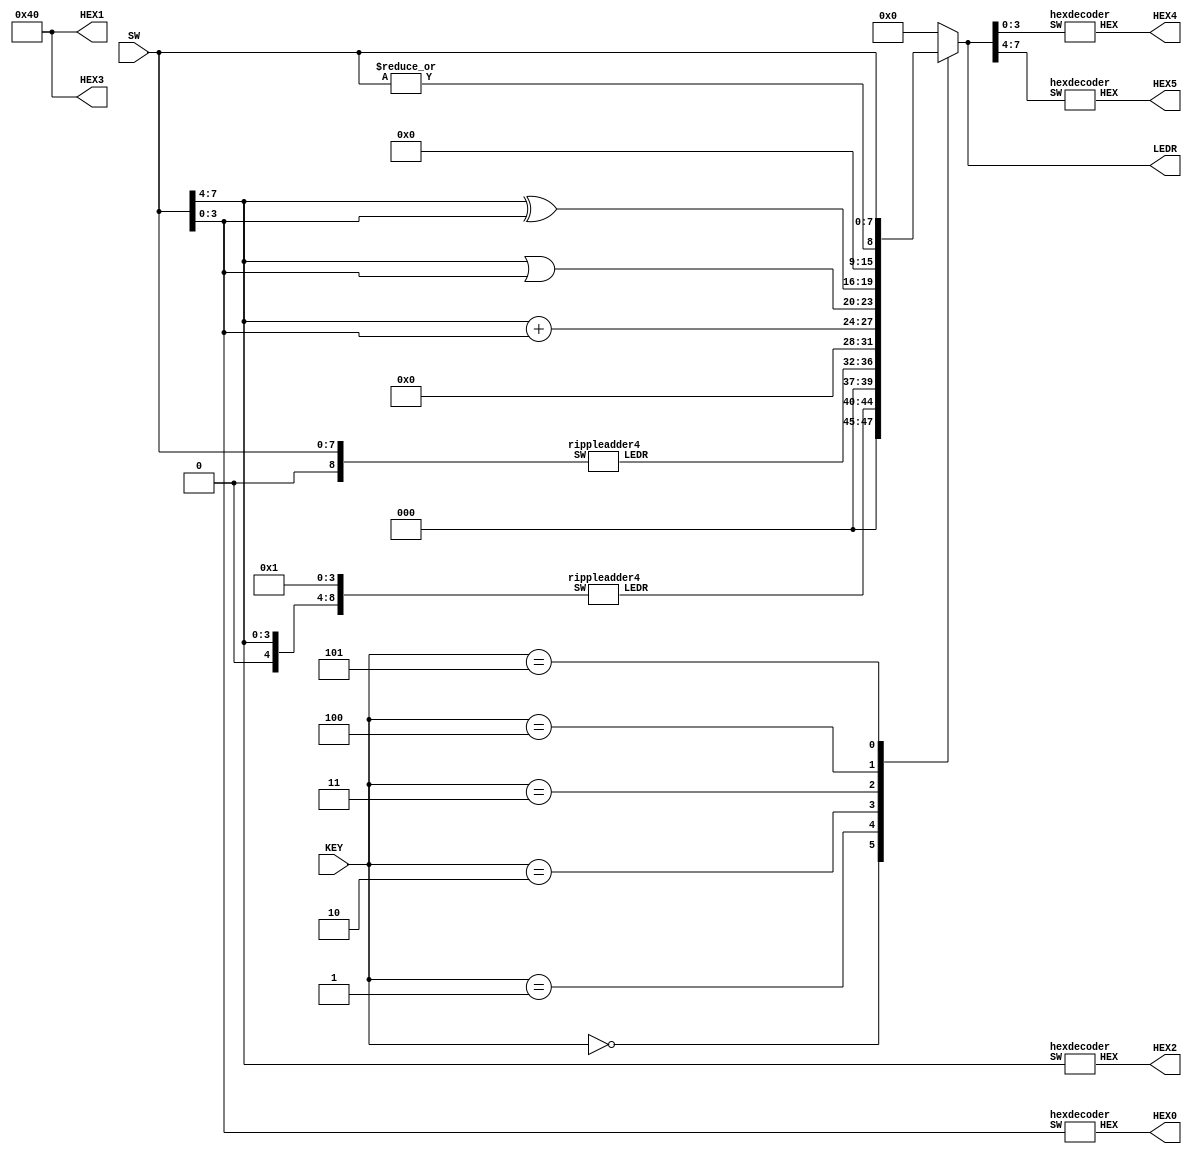
module ALU(SW, KEY, LEDR, HEX0, HEX1, HEX2, HEX3, HEX4, HEX5);
	input [7:0] SW;
	input [2:0] KEY;
	output [6:0] HEX0;
	output [6:0] HEX1;
	output [6:0] HEX2;
	output [6:0] HEX3;
	output [6:0] HEX4;
	output [6:0] HEX5;
	output [7:0] LEDR;
	// two wires for arithmetic operations
	wire [4:0] addOneToA;
	wire [4:0] addAToB;

	// set hex1 and hex3 to zero
	assign HEX1[6:0] = 7'b1000000;
	assign HEX3[6:0] = 7'b1000000;
	
	// two 4 bit ripple adders 
	rippleadder4 ra1(
		.SW({1'b0, SW[7:4], 4'b0001}), 
		.LEDR(addOneToA[4:0])
	);
	rippleadder4 ra2(
		.SW({1'b0, SW[7:4], SW[3:0]}), 
		.LEDR(addAToB[4:0])
	);

	reg [7:0] ALUout;
	always @(*)
	begin
		case (KEY[2:0])
			3'b000: ALUout[7:0] = {3'b000, addOneToA[4:0]};
			3'b001: ALUout[7:0] = {3'b000, addAToB[4:0]};
			3'b010: ALUout[7:0] = {3'b000, SW[7:4] + SW[3:0]};
			3'b011: ALUout[7:0] = {SW[7:4] | SW[3:0], SW[7:4] ^ SW[3:0]};
			3'b100: ALUout[7:0] = {7'b0000000, (|SW[7:0])}; // bitwise or the 8 inputs
			3'b101: ALUout[7:0] = SW[7:0];
			default: ALUout[7:0] = 8'b0000_0000;
		endcase
	end
		
	assign LEDR[7:0] = ALUout[7:0];
	
	// HEX0 and HEX2 shows B and A respectively
	hexdecoder hex0(
		.SW(SW[3:0]), 
		.HEX(HEX0[6:0])
	);
	hexdecoder hex2(
		.SW(SW[7:4]), 
		.HEX(HEX2[6:0])
	);

	hexdecoder hex4(
		.SW(ALUout[3:0]), 
		.HEX(HEX4[6:0])
	);    //First four bits
	hexdecoder hex5(
		.SW(ALUout[7:4]), 
		.HEX(HEX5[6:0])
	);    //Second four bits
endmodule

module hexdecoder(HEX, SW);
    input [3:0] SW;
    output [6:0] HEX;

    hex0 u0(
        .x(SW[3]),
        .y(SW[2]),
        .z(SW[1]),
        .w(SW[0]),
        .m(HEX[0])
	);
	
    hex1 u1(
        .x(SW[3]),
        .y(SW[2]),
        .z(SW[1]),
        .w(SW[0]),
        .m(HEX[1])
	);
	  
    hex2 u2(
        .x(SW[3]),
        .y(SW[2]),
        .z(SW[1]),
        .w(SW[0]),
        .m(HEX[2])
	);

    hex3 u3(
        .x(SW[3]),
        .y(SW[2]),
        .z(SW[1]),
        .w(SW[0]),
        .m(HEX[3])
	);

    hex4 u4(
        .x(SW[3]),
        .y(SW[2]),
        .z(SW[1]),
        .w(SW[0]),
        .m(HEX[4])
	);

    hex5 u5(
        .x(SW[3]),
        .y(SW[2]),
        .z(SW[1]),
        .w(SW[0]),
        .m(HEX[5])
	);

    hex6 u6(
        .x(SW[3]),
        .y(SW[2]),
        .z(SW[1]),
        .w(SW[0]),
        .m(HEX[6])
	);
				
endmodule

module hex0(x, y, z, w, m);
    input x;
    input y;
    input z;
    input w;
    output m;
  
    assign m = (~x & ~y & ~z & w) | (~x & y & ~z & ~w) | (x & y & ~z & w) | (x & ~y & z & w);

endmodule

module hex1(x, y, z, w, m);
    input x;
    input y;
    input z;
    input w;
    output m;
  
    assign m = (~x & y & ~z & w) | (x & z & w) | (y & z & ~w) | (x & y & ~w);

endmodule

module hex2(x, y, z, w, m);
    input x;
    input y;
    input z;
    input w;
    output m;
  
    assign m = (x & y & ~w) | (x & y & z) | (~x & ~y & z & ~w);

endmodule

module hex3(x, y, z, w, m);
    input x;
    input y;
    input z;
    input w;
    output m;
  
    assign m = (~x & y & ~z & ~w) | (~x & ~y & ~z & w) | (y & z & w) | (x & ~y & z & ~w);

endmodule

module hex4(x, y, z, w, m);
    input x;
    input y;
    input z;
    input w;
    output m;
  
    assign m = (~x & w) | (~y & ~z & w) | (~x & y & ~z);

endmodule

module hex5(x, y, z, w, m);
    input x;
    input y;
    input z;
    input w;
    output m;
  
    assign m = (~x & ~y & w) | (~x & ~y & z) | (~x & z & w) |(x & y & ~z & w);

endmodule

module hex6(x, y, z, w, m);
    input x;
    input y;
    input z;
    input w;
    output m;
  
    assign m = (~x & ~y & ~z) | (~x & y & z & w) | (x & y & ~z & ~w);


endmodule

module rippleadder4(SW, LEDR);
	// SW[3:0] number 1
	// SW[7:4] number 2
	// SW[8:8] carry initial
	input [8:0] SW;
	
	output [4:0] LEDR;  // 4 bit result, one bit carry
	// connecting the four full adders
	wire w1;
	wire w2;
	wire w3;
	
	fulladder f1(
		.cin(SW[8]),
		.a(SW[4]),
		.b(SW[0]),
		.cout(w1),
		.s(LEDR[0])
	);
	
	fulladder f2(
		.cin(w1),
		.a(SW[5]),
		.b(SW[1]),
		.cout(w2),
		.s(LEDR[1])
	);
	
	fulladder f3(
		.cin(w2),
		.a(SW[6]),
		.b(SW[2]),
		.cout(w3),
		.s(LEDR[2])
	);
	
	fulladder f4(
		.cin(w3),
		.a(SW[7]),
		.b(SW[3]),
		.cout(LEDR[4]),
		.s(LEDR[3])
	);

endmodule

// full adder
module fulladder(cin, a, b, s, cout);
//	input a;
//	input b;
//	input cin;
//	output s;
//	output cout;
//	
//	assign s = a^b^cin;
//	assign cout = (a & b) | (cin & (a^b));
	input cin;
	input a;
	input b;
	output cout;
	output s;
	
	wire w1;
	
	mux2to1 mux(
		.x(b),
		.y(cin),
		.s(w1),
		.m(cout)
	);
	
	my_XOR x1(
		.a(a),
		.b(b),
		.f(w1)
	);
	
	my_XOR x2(
		.a(cin),
		.b(w1),
		.f(s)
	);
endmodule

// define a my_XOR module
module my_XOR(a, b, f);
	input a;
	input b;
	output f;
	assign f = a ^ b;
endmodule

// mux2to1 from lab2
module mux2to1(x, y, s, m);
	input x; //selected when s is 0
	input y; //selected when s is 1
	input s; //select signal
	output m; //output
	
	assign m = s & y | ~s & x;
endmodule